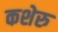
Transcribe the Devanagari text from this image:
कशेरु